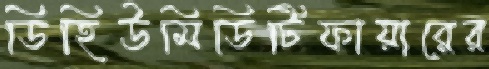
ডিহিউমিডিটিফায়ারের